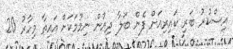
އިސްކުރު ބަރި ކައިރިއަށް ފެން ބަލާ ދިއުން ނިމުމަކަށް އައިތާ މިހާރު 20